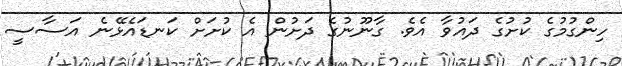
ހިންގުމުގެ ކުށުގެ ދައުވާ އެވެ. ގާނޫނުގެ ދަށުން އެ ކުށަށް ކަނޑައެޅޭނެ އަސާސީ